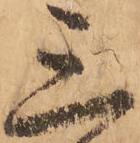
三